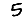
Digit: 5